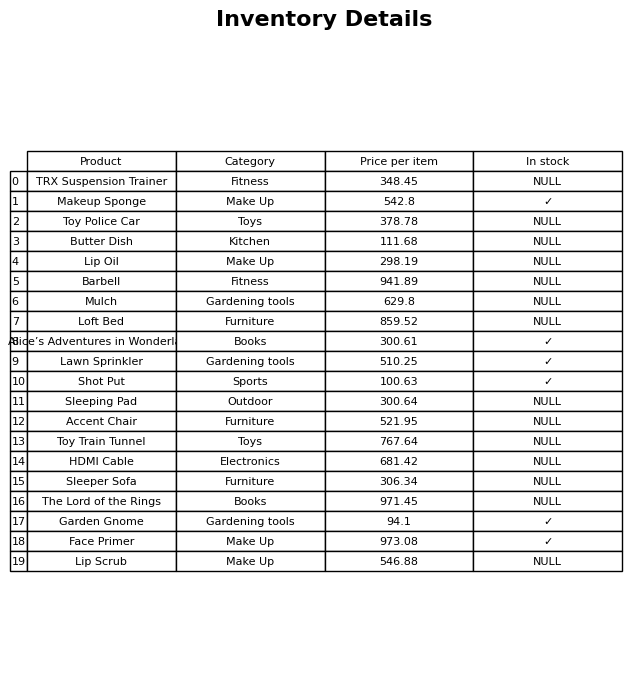
question: Which products are currently out of stock?
answer: TRX Suspension Trainer, Toy Police Car, Butter Dish, Lip Oil, Barbell, Mulch, Loft Bed, Sleeping Pad, Accent Chair, Toy Train Tunnel, HDMI Cable, Sleeper Sofa, The Lord of the Rings, Lip Scrub